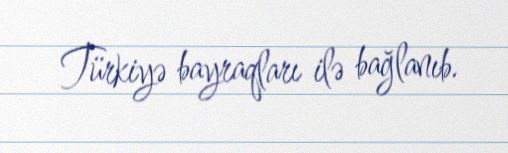
Türkiyə bayraqları ilə bağlanıb.